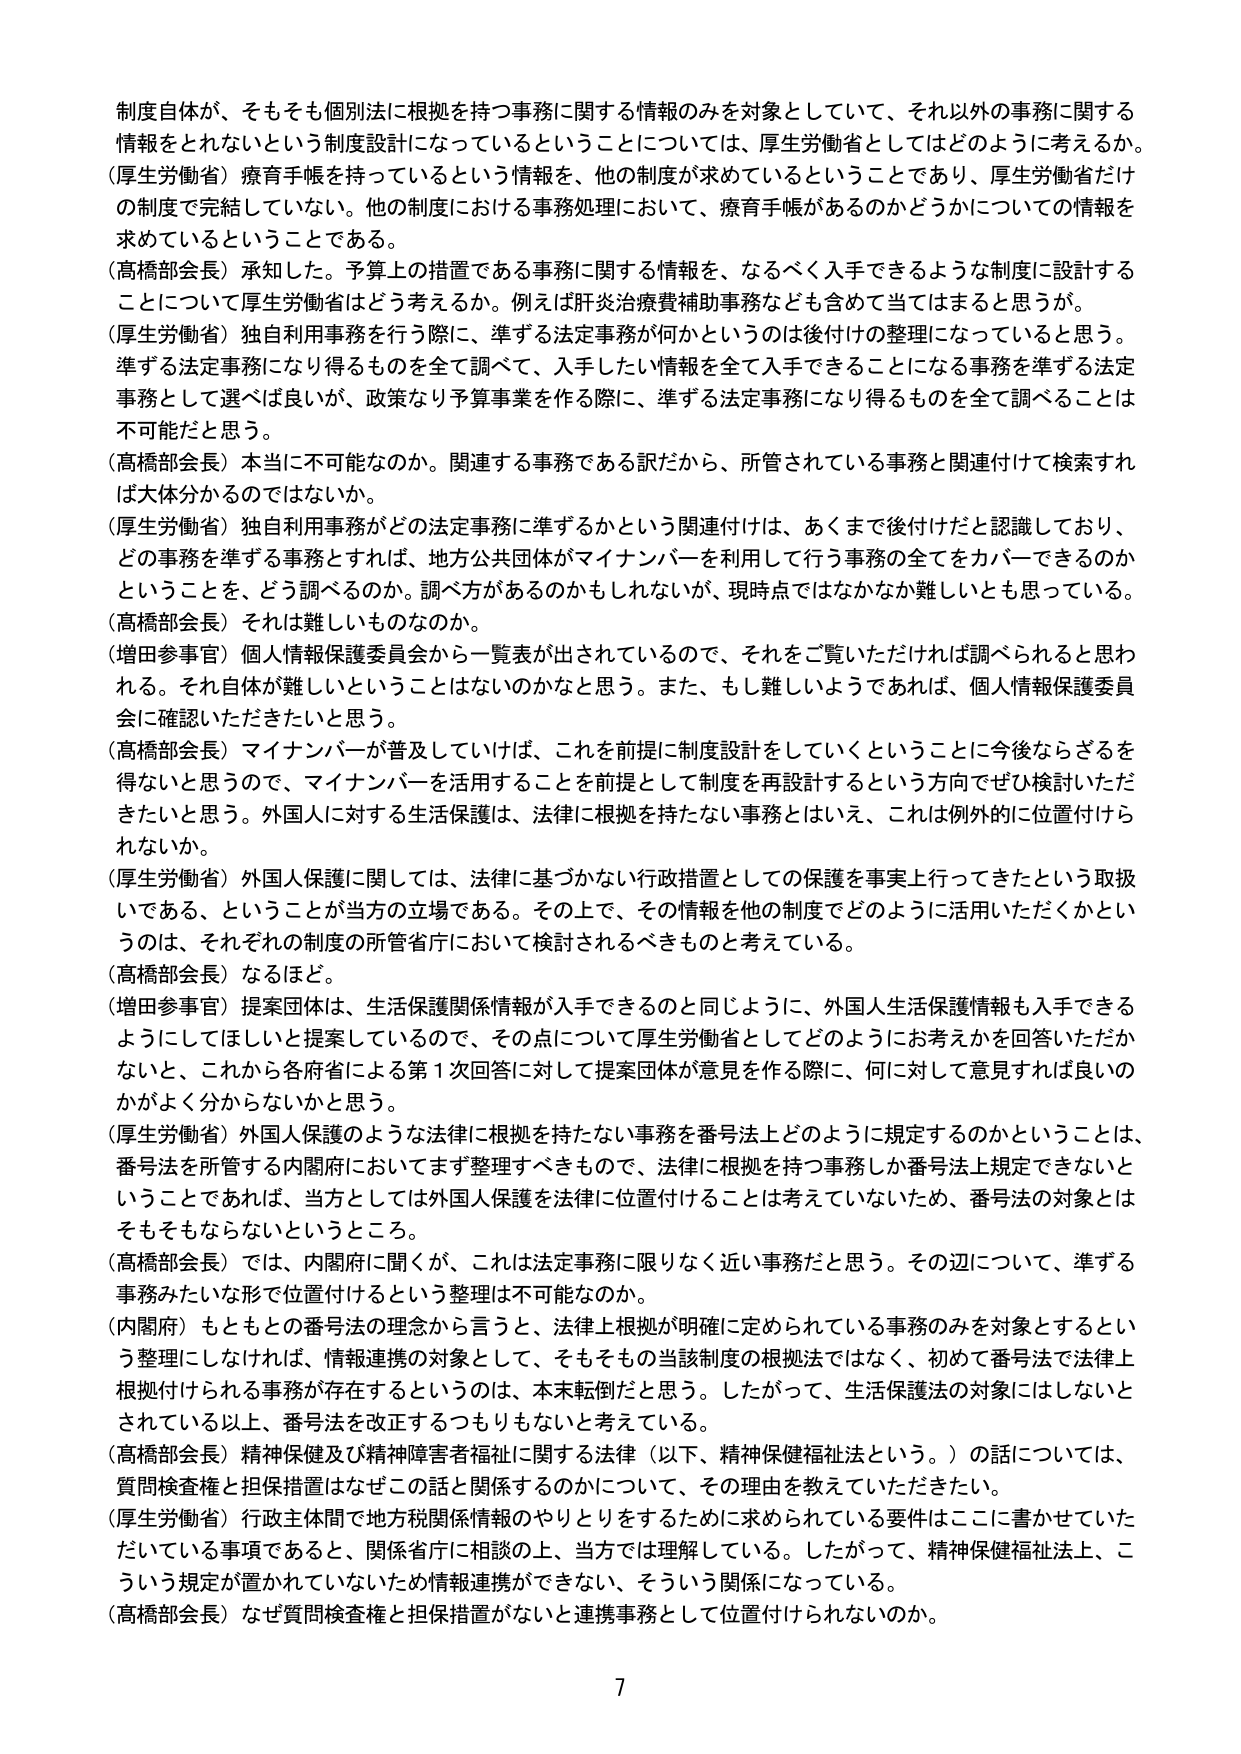
制度自体が、そもそも個別法に根拠を持つ事務に関する情報のみを対象としていて、それ以外の事務に関する情報をとれないという制度設計になっているということについては、厚生労働省としてはどのように考えるか。（厚生労働省）療育手帳を持っているという情報を、他の制度が求めているということであり、厚生労働省だけの制度で完結していない。他の制度における事務処理において、療育手帳があるのかどうかについての情報を求めているということである。

（高橋部会長）承知した。予算上の措置である事務に関する情報を、なるべく入手できるような制度に設計することについて厚生労働省はどう考えるか。例えば肝炎治療費補助事務なども含めて当てはまると思うが。

（厚生労働省）独自利用事務を行う際に、準ずる法定事務が何かというのは後付けの整理になっていると思う。準ずる法定事務になり得るもの全てを調べて、入手したい情報を全て入手できることになる事務を準ずる法定事務として選べば良いが、政策なり予算事業を作る際に、準ずる法定事務になり得るもの全てを調べることは不可能だと思う。

（高橋部会長）本当に不可能なのか。関連する事務である訳だから、所管されている事務と関連付けて検索すれば大体分かるのではないか。

（厚生労働省）独自利用事務がどの法定事務に準ずるかという関連付けは、あくまで後付けだと認識しており、どの事務を準ずる事務とすれば、地方公共団体がマイナンバーを利用して行う事務の全てをカバーできるのかということを、どう調べるのか。調べ方があるのかもしれないが、現時点ではなかなか難しいとも思っている。

（高橋部会長）それは難しいものなのか。

（増田参事官）個人情報保護委員会から一覧表が出されているので、それをご覧いただければ調べられると思われる。それ自体が難しいということはないのかなと思う。また、もし難しいようであれば、個人情報保護委員会に確認いただきたいと思う。

（高橋部会長）マイナンバーが普及していけば、これを前提に制度設計をしていくということに今後ならざるを得ないと思うので、マイナンバーを活用することを前提として制度を再設計するという方向でぜひ検討いただきたいと思う。外国人に対する生活保護は、法律に根拠を持たない事務とはいえ、これは例外的に位置付けられないか。

（厚生労働省）外国人保護に関しては、法律に基づかない行政措置としての保護を事実上行ってきたという取扱いである、ということが当方の立場である。その上で、その情報を他の制度でどのように活用いただくかというのは、それぞれの制度の所管省庁において検討されるべきものと考えている。

（高橋部会長）なるほど。

（増田参事官）提案団体は、生活保護関係情報が入手できるのと同じように、外国人生活保護情報も入手できるようにしてほしいと提案しているので、その点について厚生労働省としてどのようにお考えかを回答いただかないと、これから各府省による第1回回答に対して提案団体が意見を作る際に、何に対して意見すれば良いのかがよく分からないかと思う。

（厚生労働省）外国人保護のような法律に根拠を持たない事務を番号法上どのように規定するのかということは、番号法を所管する内閣府においてまず整理すべきもので、法律に根拠を持つ事務しか番号法上規定できないということであれば、当方としては外国人保護を法律に位置付けることは考えていないため、番号法の対象はそもそもならないということ。

（高橋部会長）では、内閣府に聞くが、これは法定事務に限りなく近い事務だと思う。その辺について、準ずる事務みたいな形で位置付けるという整理は不可能なのか。

（内閣府）もともとの番号法の理念から言うと、法律上根拠が明確に定められている事務のみを対象とするという整理にしなければ、情報連携の対象として、そもそも当該制度の根拠法ではなく、初めて番号法で法律上根拠付けられる事務が存在するというのは、本末転倒だと思う。したがって、生活保護法の対象にはしないとされている以上、番号法を改正するつもりもないと考えている。

（高橋部会長）精神保健及び精神障害者福祉に関する法律（以下、精神保健福祉法という。）の話については、質問検査権と担保措置はなぜこの話と関係するのかについて、その理由を教えていただきたい。

（厚生労働省）行政主体間で地方税関係情報のやりとりをするために求められている要件はここに書かせていただいている事項であると、関係省庁に相談の上、当方では理解している。したがって、精神保健福祉法上、こういう規定が置かれていないため情報連携ができない、そういう関係になっている。

（高橋部会長）なぜ質問検査権と担保措置がないと連携事務として位置付けられないのか。

7